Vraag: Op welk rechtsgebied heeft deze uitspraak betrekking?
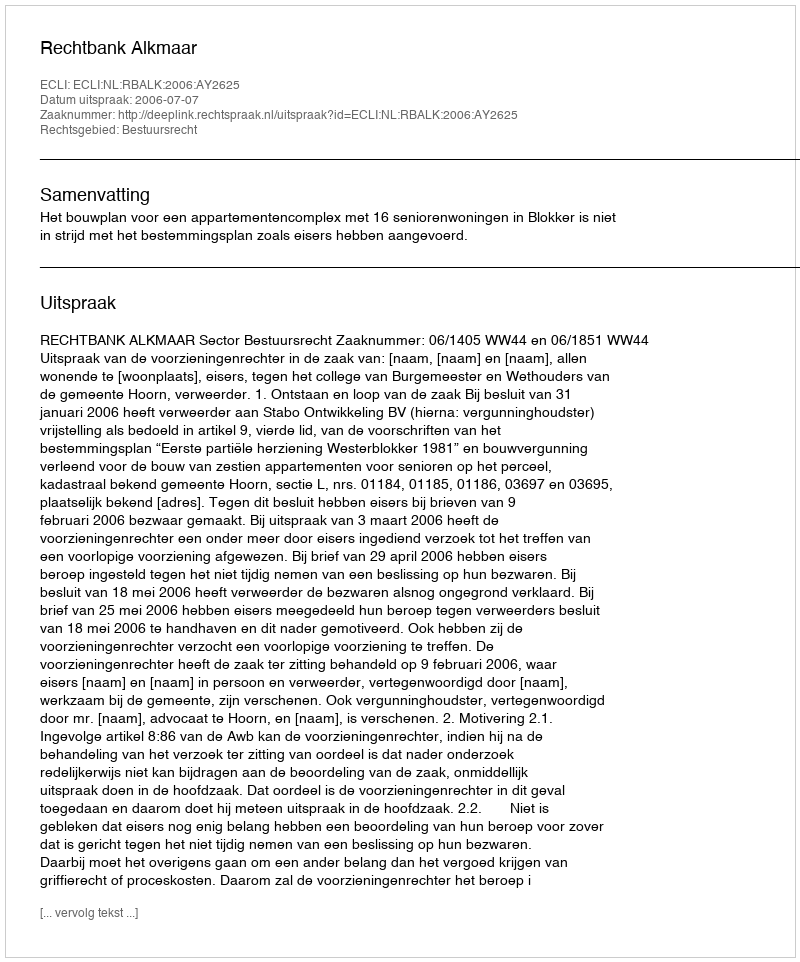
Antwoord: Bestuursrecht